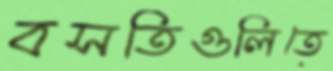
বসতিগুলিতে